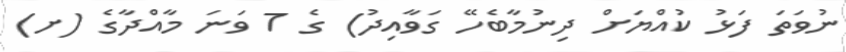
ނުވަތަ ފަޅު ކުއްޔަށް ދިނުމާބެހޭ ގަވާއިދު) ގެ 7 ވަނަ މާއްދާގެ (ށ)